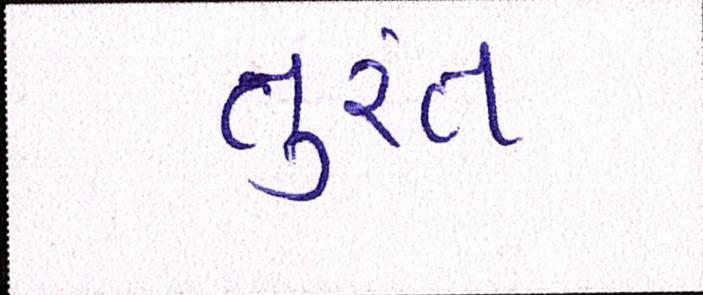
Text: તુરંત